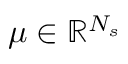
\boldsymbol { \mu } \in \mathbb { R } ^ { N _ { s } }